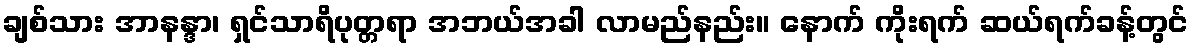
ချစ်သား အာနန္ဒာ၊ ရှင်သာရိပုတ္တရာ အဘယ်အခါ လာမည်နည်း။ နောက် ကိုးရက် ဆယ်ရက်ခန့်တွင်